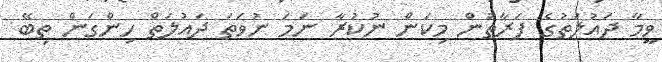
ވީމާ ދައުލަތުގެ ފަރާތުން މިކަން ނުކުރާ ނަމަ ނުވަތަ ދައުލަތް ހިންގަން ތިބޭ